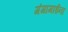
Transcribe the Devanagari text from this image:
गंगामाईना